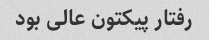
رفتار پیکتون عالی بود